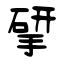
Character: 揅